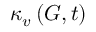
\kappa _ { v } \left( G , t \right)